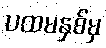
ပထမနှစ်မှ